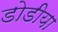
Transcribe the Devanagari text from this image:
डोडीया